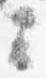
云